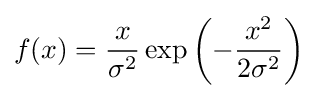
f(x)={\frac {x}{\sigma ^{2}}}\exp \left(-{\frac {x^{2}}{2\sigma ^{2}}}\right)